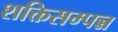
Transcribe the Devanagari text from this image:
शक्तिसम्पन्न